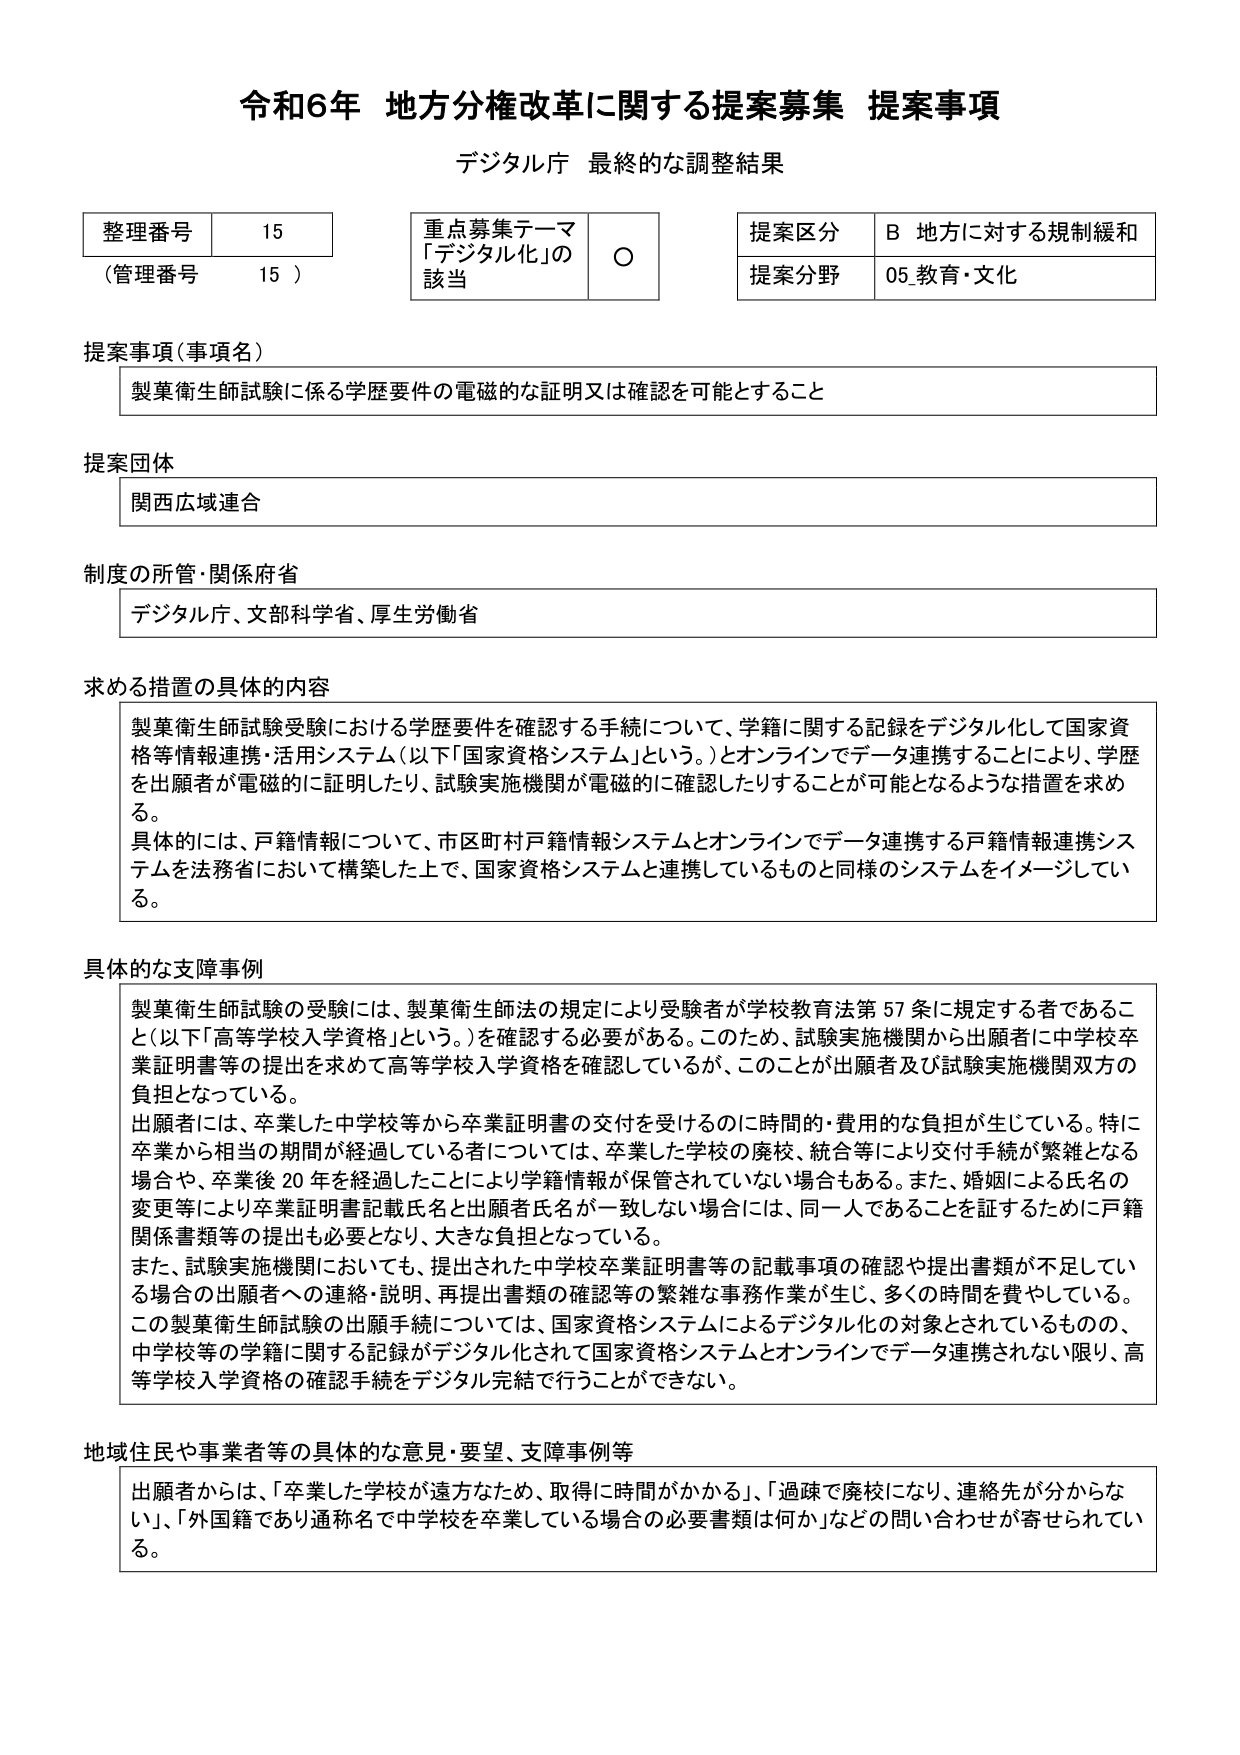
令和6年 地方分権改革に関する提案募集 提案事項
デジタル庁 最終的な調整結果

整理番号 15
（管理番号 15）

重点募集テーマ
「デジタル化」の該当 ○

提案区分 B 地方に対する規制緩和
提案分野 05 教育・文化

提案事項（事項名）
製菓衛生師試験に係る学歴要件の電磁的な証明又は確認を可能とすること

提案団体
関西広域連合

制度の所管・関係府省
デジタル庁、文部科学省、厚生労働省

求める措置の具体的内容
製菓衛生師試験受験における学歴要件を確認する手続について、学籍に関する記録をデジタル化して国家資格等情報連携・活用システム（以下「国家資格システム」という。）とオンラインでデータ連携することにより、学歴を出願者が電磁的に証明したり、試験実施機関が電磁的に確認したりすることが可能となるような措置を求める。
具体的には、戸籍情報について、市区町村戸籍情報システムとオンラインでデータ連携する戸籍情報連携システムを法務省において構築した上で、国家資格システムと連携しているものと同様のシステムをイメージしている。

具体的な支障事例
製菓衛生師試験の受験には、製菓衛生師法の規定により受験者が学校教育法第57条に規定する者であること（以下「高等学校入学資格」という。）を確認する必要がある。このため、試験実施機関から出願者に中学校卒業証明書等の提出を求めて高等学校入学資格を確認しているが、このことが出願者及び試験実施機関双方の負担となっている。
出願者には、卒業した中学校等から卒業証明書の交付を受けるのに時間的・費用的な負担が生じている。特に卒業から相当の期間が経過している者については、卒業した学校の廃校、統合等により交付手続が繁雑となる場合や、卒業後20年を経過したことにより学籍情報が保管されていない場合もある。また、婚姻による氏名の変更等により卒業証明書記載氏名と出願者氏名が一致しない場合には、同一人であることを証するために戸籍関係書類等の提出も必要となり、大きな負担となっている。
また、試験実施機関においても、提出された中学校卒業証明書等の記載事項の確認や提出書類が不足している場合の出願者への連絡・説明、再提出書類の確認等の繁雑な事務作業が生じ、多くの時間を費やしている。
この製菓衛生師試験の出願手続については、国家資格システムによるデジタル化の対象とされているものの、中学校等の学籍に関する記録がデジタル化されて国家資格システムとオンラインでデータ連携されない限り、高等学校入学資格の確認手続をデジタル完結で行うことができない。

地域住民や事業者等の具体的な意見・要望、支障事例等
出願者からは、「卒業した学校が遠方なため、取得に時間がかかる」、「過疎で廃校になり、連絡先が分からない」、「外国籍であり通称名で中学校を卒業している場合の必要書類は何か」などの問い合わせが寄せられている。